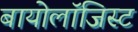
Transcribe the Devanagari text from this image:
बायोलॉजिस्ट